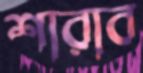
শারাব